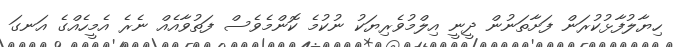
ހިޔާލުފާޅުކުރަން ފަށާތަނުން ދީނީ އިލްމުވެރިޔަކު ނުކުމެ ކޮންމެވެސް ފަތުވާއެއް ނެރެ އެމީހެއްގެ އަނގަ